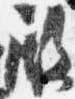
殿